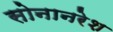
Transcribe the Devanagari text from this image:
सोनानरेश